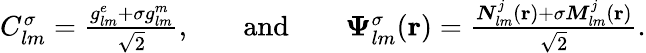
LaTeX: \begin{array}{rlrlr}{C_{lm}^{\sigma}=\frac{{g_{lm}^{e}+\sigma g_{lm}^{m}}}{\sqrt{2}},}&{}&{\mathrm{and}}&{}&{\boldsymbol{\Psi}_{lm}^{\sigma}({\mathbf r})=\frac{{\boldsymbol{N}}_{lm}^{j}({\mathbf r})+\sigma{\boldsymbol{M}}_{lm}^{j}({\mathbf r})}{\sqrt{2}}.}\end{array}